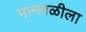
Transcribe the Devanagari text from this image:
पानगळीला